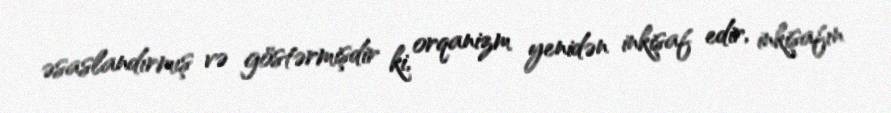
əsaslandırmış və göstərmişdir ki, orqanizm yenidən inkişaf edir, inkişafın